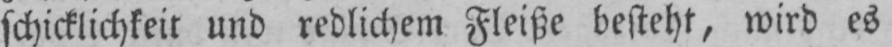
schicklichkeit und redlichem Fleiße besteht, wird es